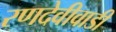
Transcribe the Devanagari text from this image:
रणदेवीवाडी